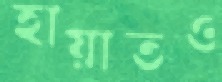
হায়াতও